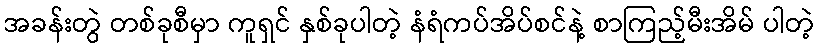
အခန်းတွဲ တစ်ခုစီမှာ ကူရှင် နှစ်ခုပါတဲ့ နံရံကပ်အိပ်စင်နဲ့ စာကြည့်မီးအိမ် ပါတဲ့